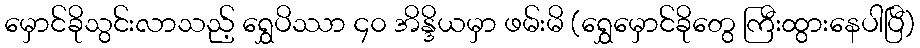
မှောင်ခိုသွင်းလာသည့် ရွှေပိဿာ ၄၀ အိန္ဒိယမှာ ဖမ်းမိ (ရွှေမှောင်ခိုတွေ ကြီးထွားနေပါပြီ)